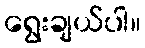
ရွေးချယ်ပါ။